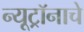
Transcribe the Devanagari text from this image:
न्यूट्रॉनाचे